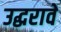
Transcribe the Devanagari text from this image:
उद्धरावे